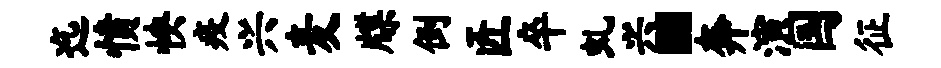
迄愤怏疫兴麦牒倒匠卒虬兴“奔演国征